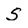
Character: S